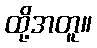
ထို့အတူ။